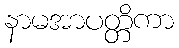
နာမအာပတ္တိကာ